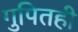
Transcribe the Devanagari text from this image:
गुपितही